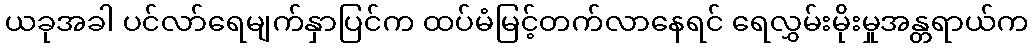
ယခုအခါ ပင်လာ်ရေမျက်နှာပြင်က ထပ်မံမြင့်တက်လာနေရင် ရေလွှမ်းမိုးမှုအန္တရာယ်က